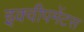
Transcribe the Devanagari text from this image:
इक्वीपमेंटस